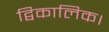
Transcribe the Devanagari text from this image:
द्विकालिक।